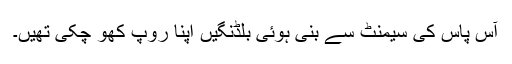
آس پاس کی سیمنٹ سے بنی ہوئی بلڈنگیں اپنا روپ کھو چکی تھیں۔